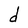
Character: d